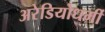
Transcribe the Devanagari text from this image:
अरेडियोधर्मी